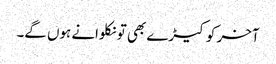
آخر کو کیڑے بھی تو نکلوانے ہوں گے۔